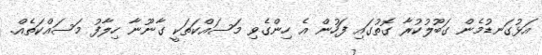
އަޅުގަނޑުމެން ގަބޫލުކުރާ ގޮތުގައި ފަހުން އެ ހިންގެވި މަސައްކަތަކީ ގާނޫނާ ހިލާފު މަސައްކަތެއް.